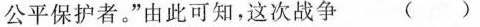
公平保护者。”由此可知，这次战争 ( )